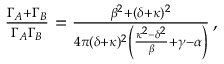
\begin{array} { r } { { \frac { { \Gamma } _ { A } + { \Gamma } _ { B } } { \Gamma _ { A } \Gamma _ { B } } } = \frac { \beta ^ { 2 } + ( \delta + \kappa ) ^ { 2 } } { 4 \pi ( \delta + \kappa ) ^ { 2 } \left( \frac { \kappa ^ { 2 } - \delta ^ { 2 } } { \beta } + \gamma - \alpha \right) } \, , } \end{array}